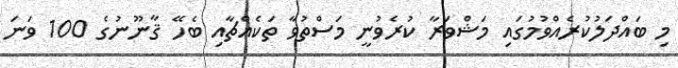
މި ބައްދަލުކުރެއްވުމުގައި މަޝްވަރާ ކުރެވުނީ މަސްތުވާ ތަކެއްޗާއި ބެހޭ ޤާނޫނުގެ 100 ވަނަ